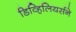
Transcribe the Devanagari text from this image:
डिव्हिलियर्सने